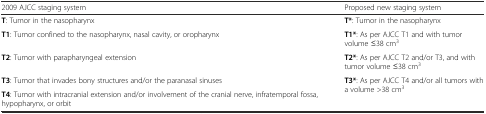
| 2009 AJCC staging system | Proposed new staging system |
 | --- | --- |
 | T: Tumor in the nasopharynx | T*: Tumor in the nasopharynx |
 | T1: Tumor confined to the nasopharynx, nasal cavity, or oropharynx | T1*: As per AJCC T1 and with tumor volume ≤38 cm3 |
 | T2: Tumor with parapharyngeal extension | T2*: As per AJCC T2 and/or T3, and with tumor volume ≤38 cm3 |
 | T3: Tumor that invades bony structures and/or the paranasal sinuses | <ROWSPAN=2> T3*: As per AJCC T4 and/or all tumors with a volume >38 cm3 |
 | T4: Tumor with intracranial extension and/or involvement of the cranial nerve, infratemporal fossa, hypopharynx, or orbit |